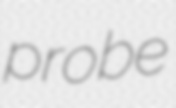
probe